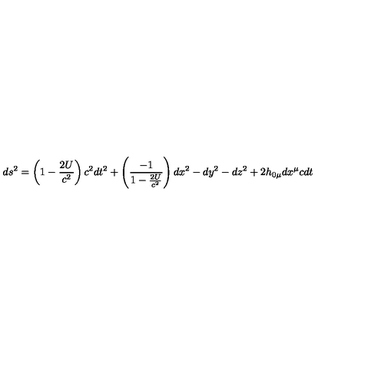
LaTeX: d s ^ { 2 } = \left( 1 - \frac { 2 U } { c ^ { 2 } } \right) c ^ { 2 } d t ^ { 2 } + \left( \frac { - 1 } { 1 - \frac { 2 U } { c ^ { 2 } } } \right) d x ^ { 2 } - d y ^ { 2 } - d z ^ { 2 } + 2 h _ { 0 \mu } d x ^ { \mu } c d t